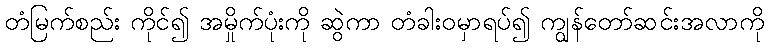
တံမြက်စည်း ကိုင်၍ အမှိုက်ပုံးကို ဆွဲကာ တံခါးဝမှာရပ်၍ ကျွန်တော်ဆင်းအလာကို